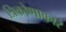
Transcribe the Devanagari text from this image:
त्रिकोणाकारं